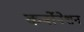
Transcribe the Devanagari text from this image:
कर्बोनेशन